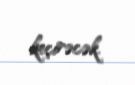
keçirəcək.